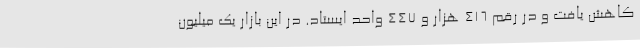
کاهش یافت و در رقم 416 هزار و 447 واحد ایستاد. در این بازار یک میلیون